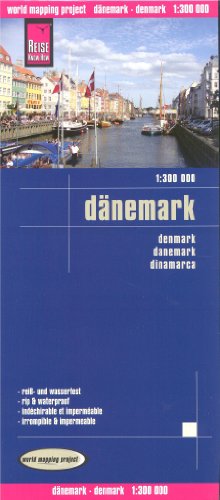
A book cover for Denmark 1:300,000 Travel Map, waterproof, GPS-compatible REISE, 2012 edition; Reise Knowhow; Travel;